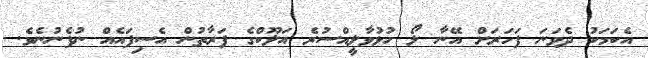
އެކަމަކު ދެވަނަ ފަހަރަށް އޭނާ ލޯ ހުޅުވާލީއްސުރެ އަލޫކްގެ ފަރާތުން އެސިފައެއް ނުފެނުނެވެ.